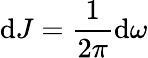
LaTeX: \mathrm{d}J=\frac{1}{2\pi}\mathrm{}\mathrm{d}\omega